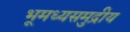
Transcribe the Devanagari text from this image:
भूमध्यसमुद्रीय